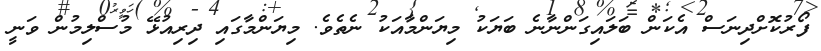
ފޯރުކޮށްދިނަސް އެކަން ބަލައިގަންނާނެ ބަޔަކު މިޔަންމާއަކު ނެތެވެ. މިޔަންމާގައި ދިރިއުޅޭ މުސްލިމުން ވަނީ